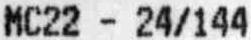
MC22 - 24/144